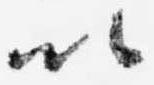
以